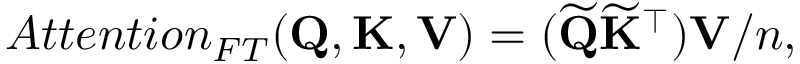
\begin{array} { r } { A t t e n t i o n _ { F T } ( \mathbf { Q } , \mathbf { K } , \mathbf { V } ) = ( \widetilde { \mathbf { Q } } \widetilde { \mathbf { K } } ^ { \top } ) \mathbf { V } / n , } \end{array}